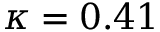
\kappa = 0 . 4 1